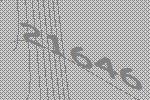
21646